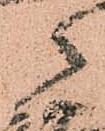
々